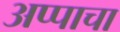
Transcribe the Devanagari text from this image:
अप्पाचा